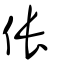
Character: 倀